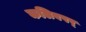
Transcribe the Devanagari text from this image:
कलिवषर्